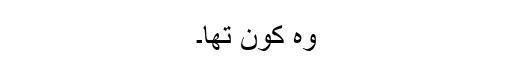
وہ کون تھا۔